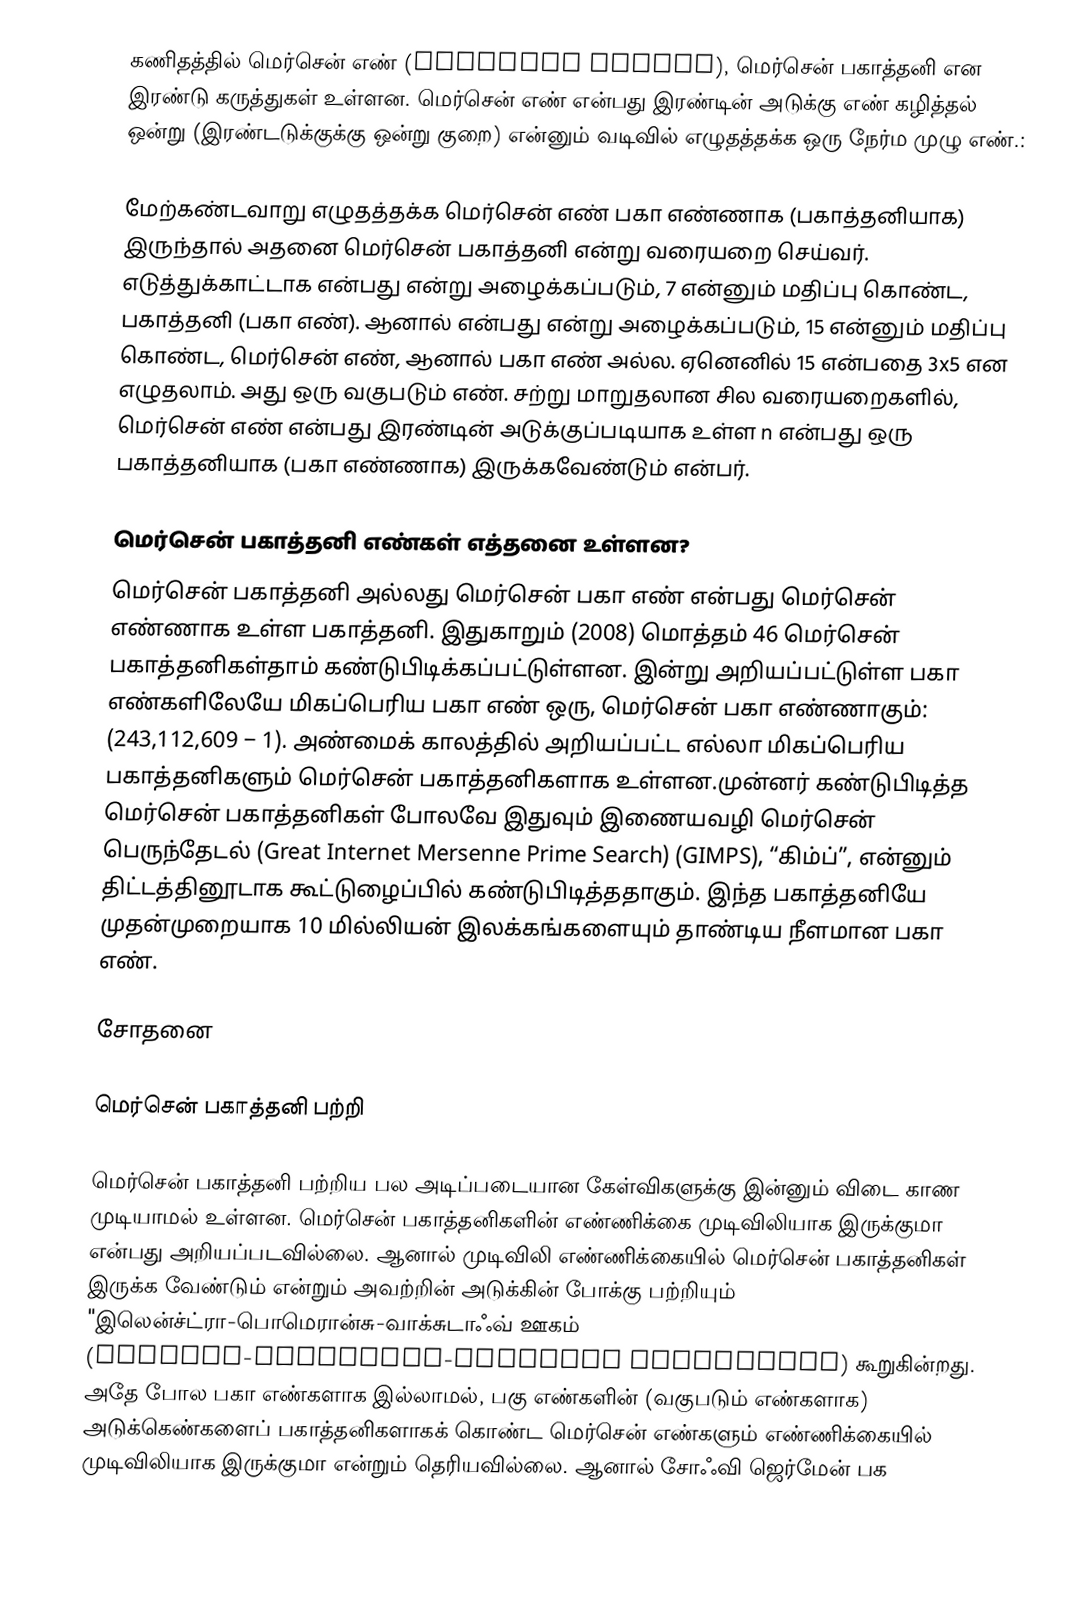
கணிதத்தில் மெர்சென் எண் (Mersenne number), மெர்சென் பகாத்தனி என இரண்டு கருத்துகள் உள்ளன. மெர்சென் எண் என்பது இரண்டின் அடுக்கு எண் கழித்தல் ஒன்று (இரண்டடுக்குக்கு ஒன்று குறை) என்னும் வடிவில் எழுதத்தக்க ஒரு நேர்ம முழு எண்.:

மேற்கண்டவாறு எழுதத்தக்க மெர்சென் எண் பகா எண்ணாக (பகாத்தனியாக) இருந்தால் அதனை மெர்சென் பகாத்தனி என்று வரையறை செய்வர். எடுத்துக்காட்டாக  என்பது  என்று அழைக்கப்படும், 7 என்னும் மதிப்பு கொண்ட, பகாத்தனி (பகா எண்). ஆனால்  என்பது  என்று அழைக்கப்படும், 15 என்னும் மதிப்பு கொண்ட, மெர்சென் எண், ஆனால் பகா எண் அல்ல. ஏனெனில் 15 என்பதை 3x5 என எழுதலாம். அது ஒரு வகுபடும் எண். சற்று மாறுதலான சில வரையறைகளில், மெர்சென் எண் என்பது இரண்டின் அடுக்குப்படியாக உள்ள n என்பது ஒரு பகாத்தனியாக (பகா எண்ணாக) இருக்கவேண்டும் என்பர்.

மெர்சென் பகாத்தனி எண்கள் எத்தனை உள்ளன?
மெர்சென் பகாத்தனி அல்லது மெர்சென் பகா எண் என்பது மெர்சென் எண்ணாக உள்ள பகாத்தனி. இதுகாறும் (2008) மொத்தம் 46 மெர்சென் பகாத்தனிகள்தாம் கண்டுபிடிக்கப்பட்டுள்ளன. இன்று அறியப்பட்டுள்ள பகா எண்களிலேயே மிகப்பெரிய பகா எண் ஒரு, மெர்சென் பகா எண்ணாகும்: (243,112,609 − 1). அண்மைக் காலத்தில் அறியப்பட்ட எல்லா மிகப்பெரிய பகாத்தனிகளும் மெர்சென் பகாத்தனிகளாக உள்ளன.முன்னர் கண்டுபிடித்த மெர்சென் பகாத்தனிகள் போலவே இதுவும் இணையவழி மெர்சென் பெருந்தேடல் (Great Internet Mersenne Prime Search) (GIMPS), “கிம்ப்”, என்னும் திட்டத்தினூடாக கூட்டுழைப்பில் கண்டுபிடித்ததாகும். இந்த பகாத்தனியே முதன்முறையாக 10 மில்லியன் இலக்கங்களையும் தாண்டிய நீளமான பகா எண்.

சோதனை

மெர்சென் பகாத்தனி பற்றி

மெர்சென் பகாத்தனி பற்றிய பல அடிப்படையான கேள்விகளுக்கு இன்னும் விடை காண முடியாமல் உள்ளன. மெர்சென் பகாத்தனிகளின் எண்ணிக்கை முடிவிலியாக இருக்குமா என்பது அறியப்படவில்லை. ஆனால் முடிவிலி எண்ணிக்கையில் மெர்சென் பகாத்தனிகள் இருக்க வேண்டும் என்றும் அவற்றின் அடுக்கின் போக்கு பற்றியும் "இலென்ச்ட்ரா-பொமெரான்சு-வாக்சுடாஃவ் ஊகம் (Lenstra-Pomerance-Wagstaff conjecture) கூறுகின்றது. அதே போல பகா எண்களாக இல்லாமல், பகு எண்களின் (வகுபடும் எண்களாக) அடுக்கெண்களைப் பகாத்தனிகளாகக் கொண்ட மெர்சென் எண்களும் எண்ணிக்கையில் முடிவிலியாக இருக்குமா என்றும் தெரியவில்லை. ஆனால் சோஃவி ஜெர்மேன் பக